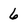
Character: 6